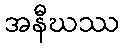
အနီဃဿ